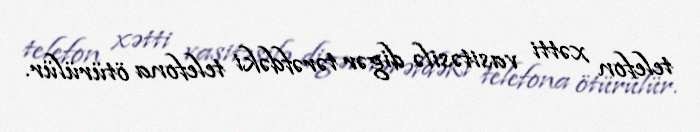
telefon xətti vasitəsilə digər tərəfdəki telefona ötürülür.